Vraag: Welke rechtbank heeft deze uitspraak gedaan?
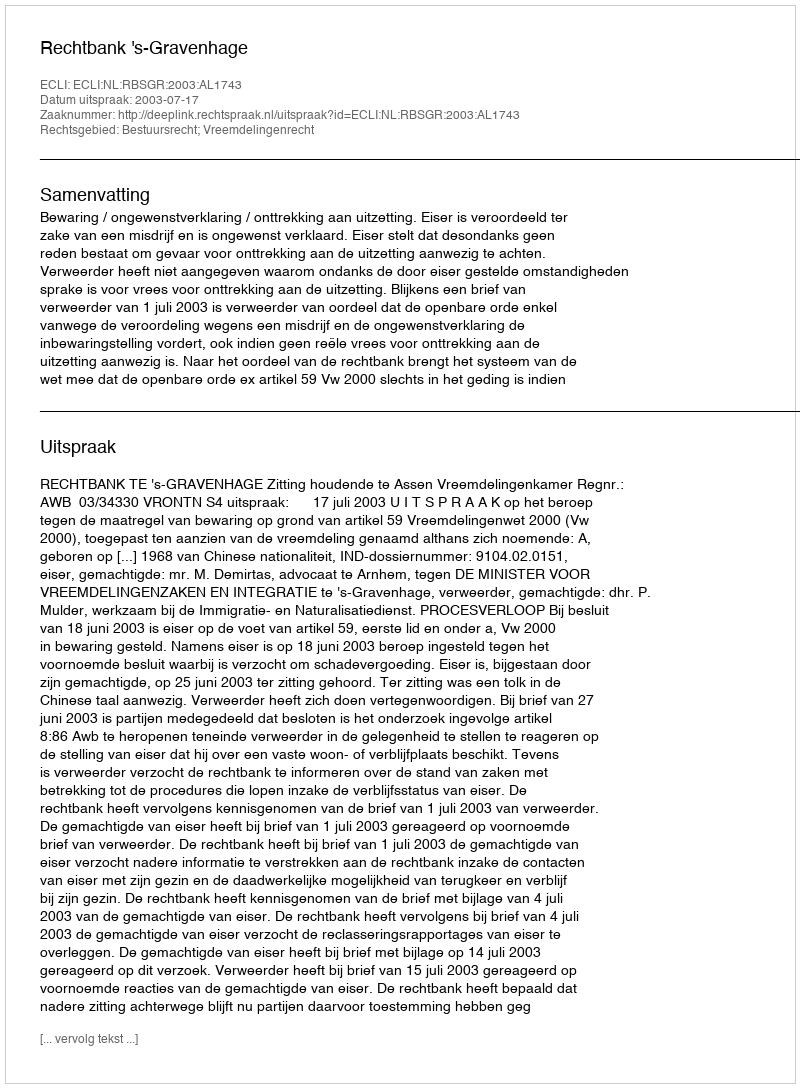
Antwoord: Rechtbank 's-Gravenhage